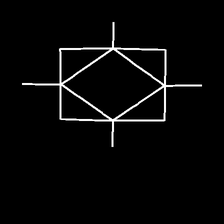
Glyph: light